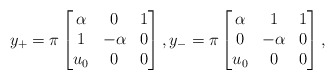
\begin{align*}y_+=\pi\begin{bmatrix}\alpha&0&1\\ 1 & - \alpha&0\\ u_0&0& 0\end{bmatrix},y_-= \pi\begin{bmatrix}\alpha&1&1\\ 0 & - \alpha&0\\ u_0&0& 0\end{bmatrix},\end{align*}